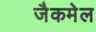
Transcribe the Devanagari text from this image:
जैकमेल